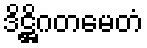
ဒိဋ္ဌိဂတမေတံ